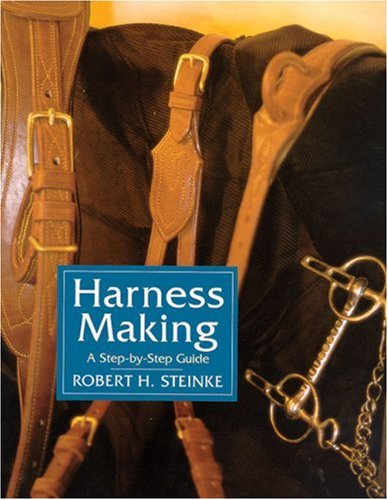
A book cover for Harness Making: A Step-by-Step Guide; Robert Steinke; Crafts, Hobbies & Home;